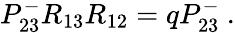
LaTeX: P_{23}^{-}R_{13}R_{12}=qP_{23}^{-}~.